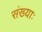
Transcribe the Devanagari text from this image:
संख्याः